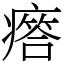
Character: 𤺥